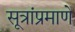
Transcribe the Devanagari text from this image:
सूत्रांप्रमाणे